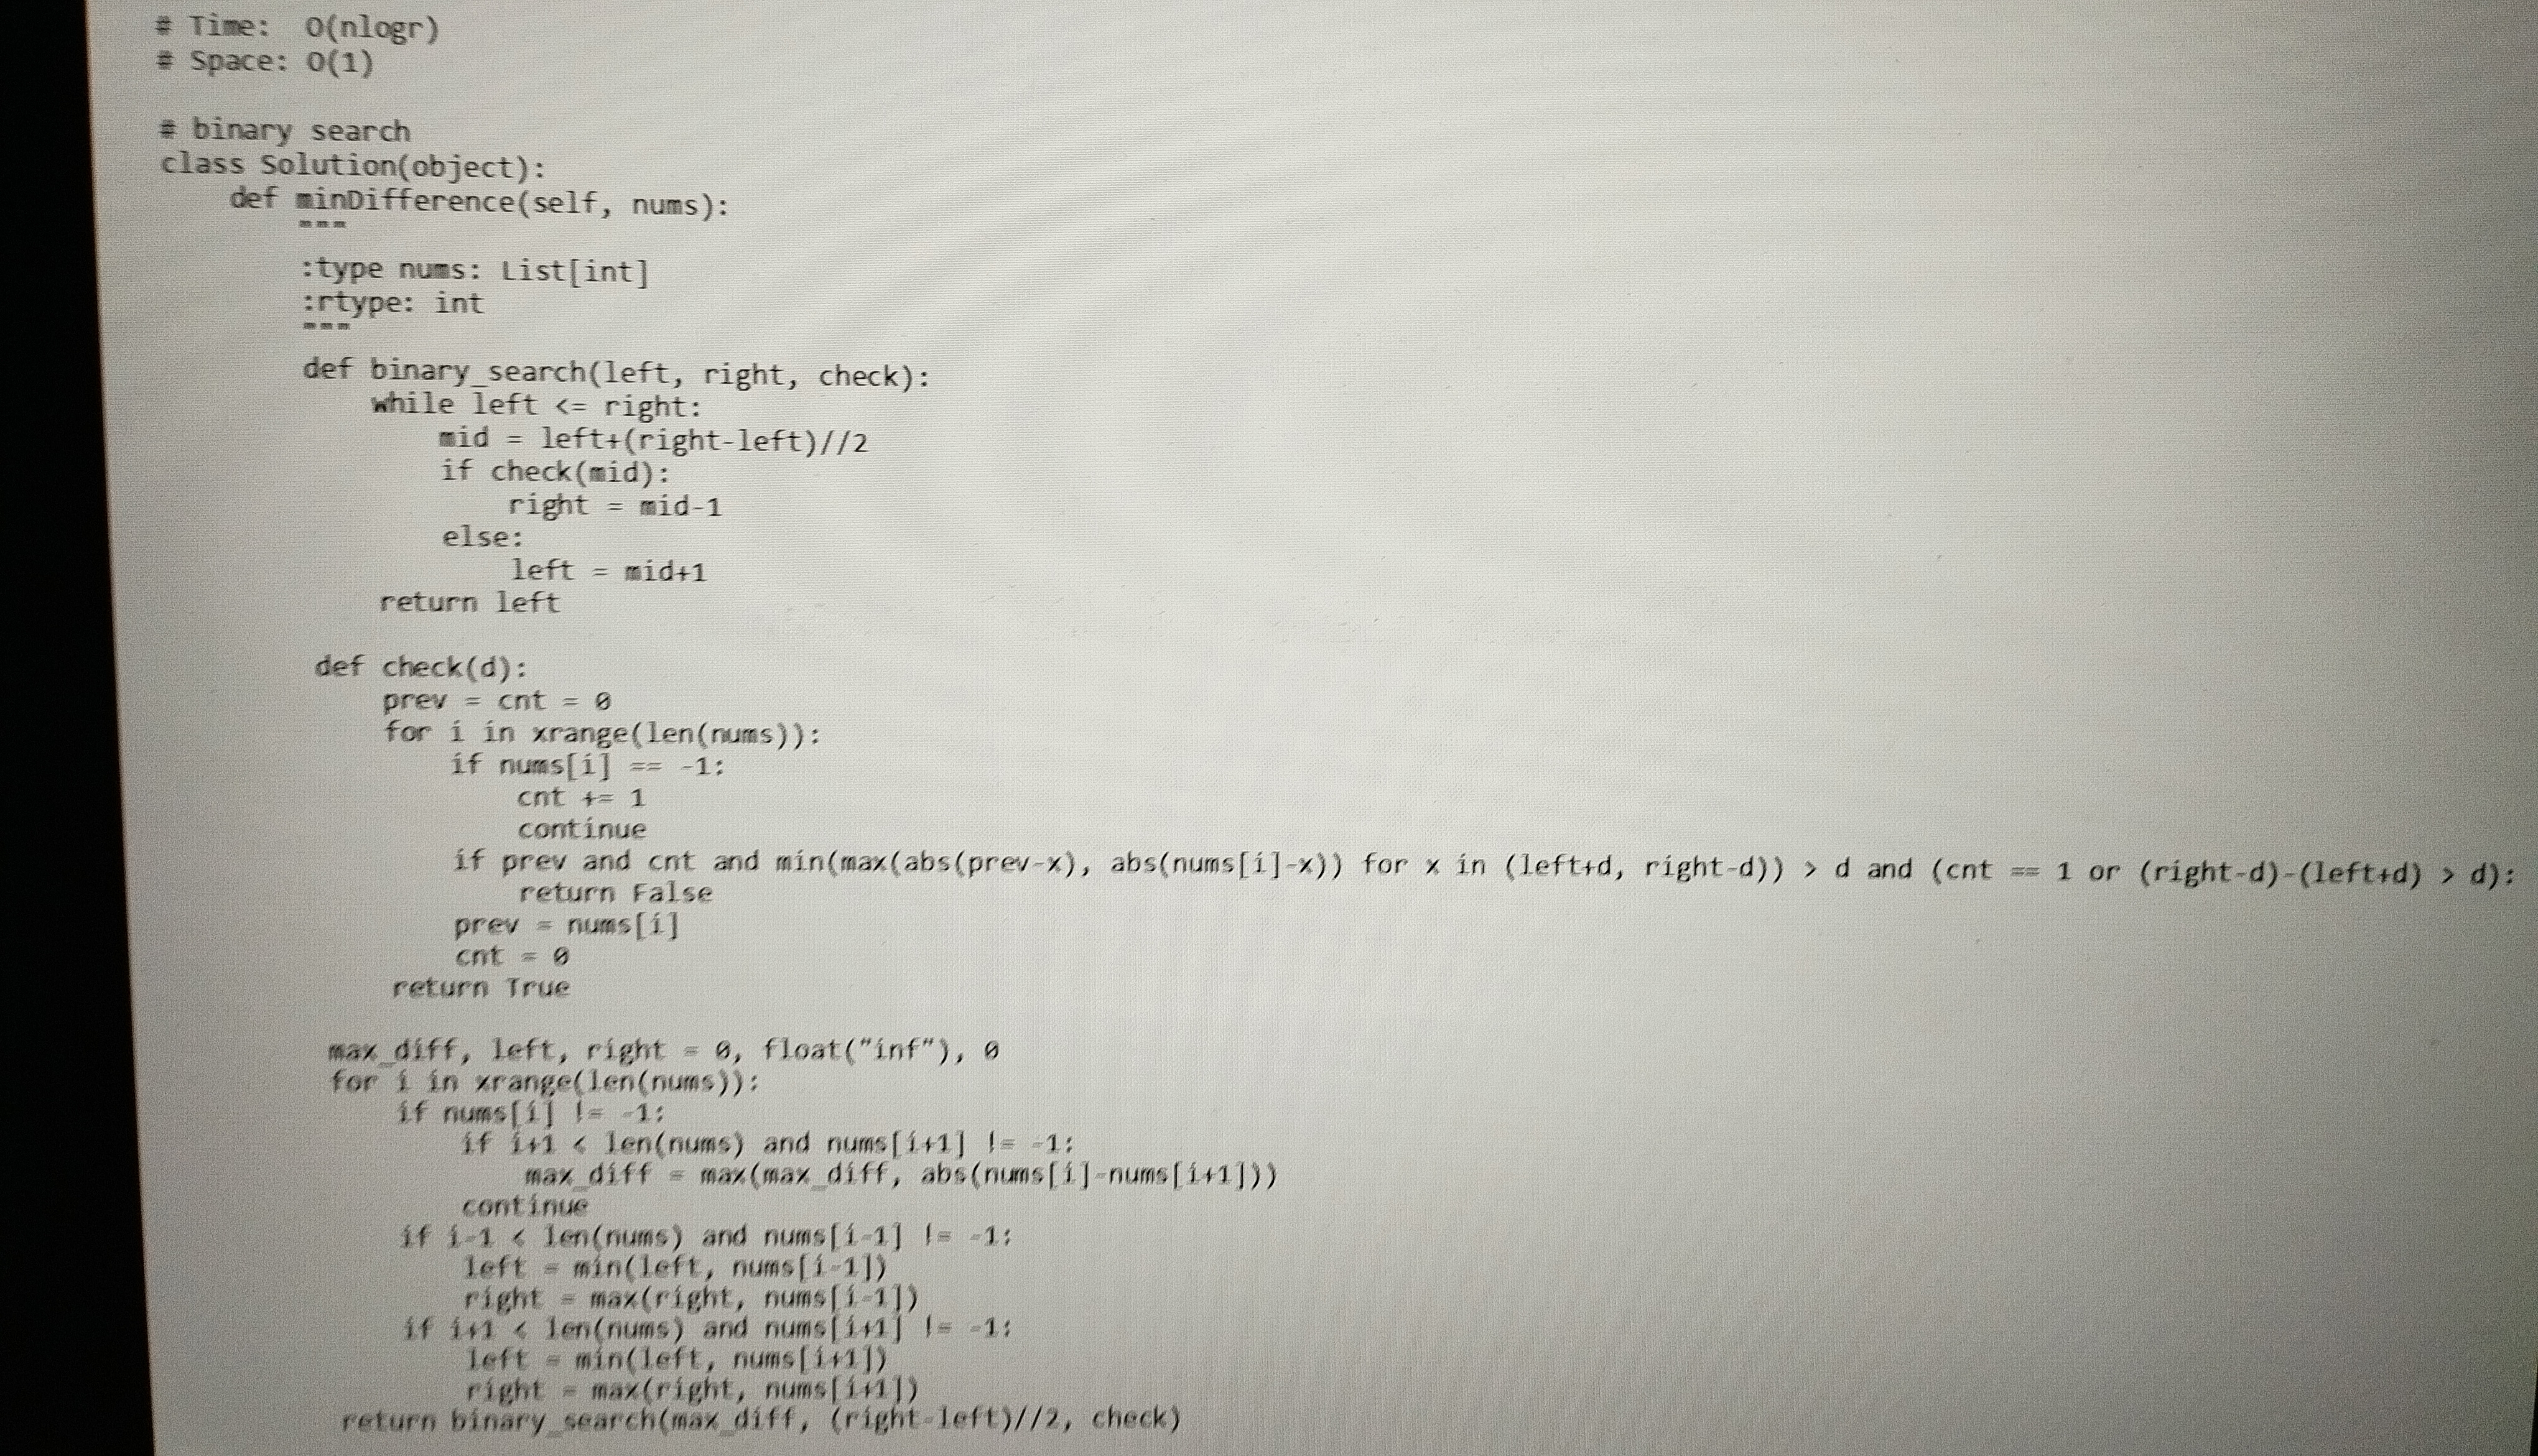
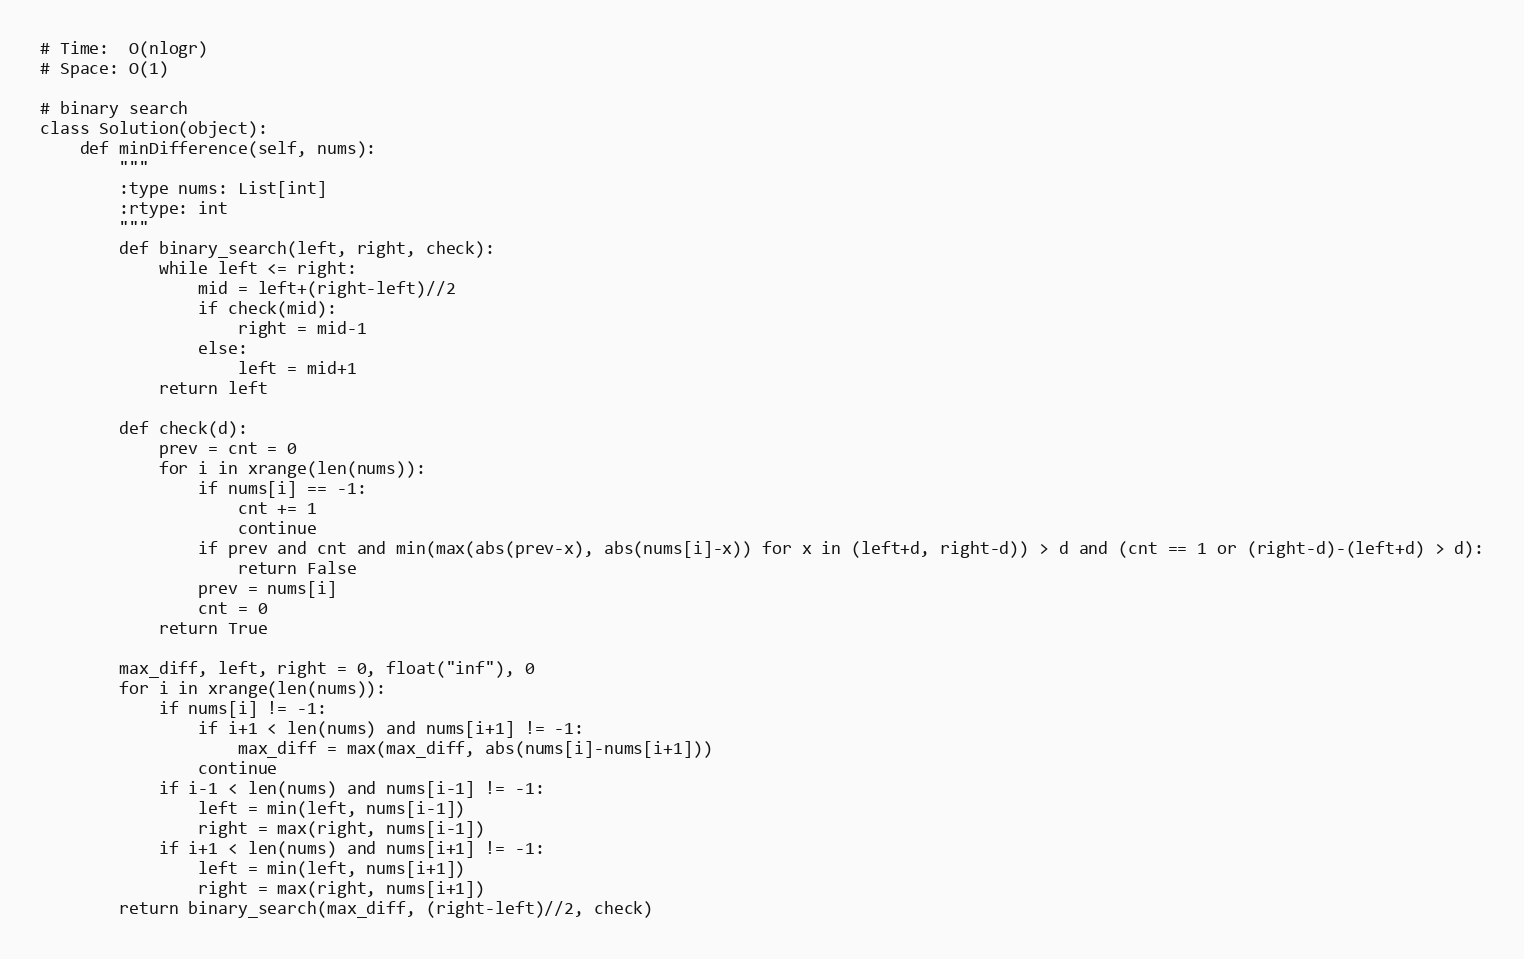
# Time:  O(nlogr)
# Space: O(1)

# binary search
class Solution(object):
    def minDifference(self, nums):
        """
        :type nums: List[int]
        :rtype: int
        """
        def binary_search(left, right, check):
            while left <= right:
                mid = left+(right-left)//2
                if check(mid):
                    right = mid-1
                else:
                    left = mid+1
            return left

        def check(d):
            prev = cnt = 0
            for i in xrange(len(nums)):
                if nums[i] == -1:
                    cnt += 1
                    continue
                if prev and cnt and min(max(abs(prev-x), abs(nums[i]-x)) for x in (left+d, right-d)) > d and (cnt == 1 or (right-d)-(left+d) > d):
                    return False
                prev = nums[i]
                cnt = 0
            return True

        max_diff, left, right = 0, float("inf"), 0
        for i in xrange(len(nums)):
            if nums[i] != -1:
                if i+1 < len(nums) and nums[i+1] != -1:
                    max_diff = max(max_diff, abs(nums[i]-nums[i+1]))
                continue
            if i-1 < len(nums) and nums[i-1] != -1:
                left = min(left, nums[i-1])
                right = max(right, nums[i-1])
            if i+1 < len(nums) and nums[i+1] != -1:
                left = min(left, nums[i+1])
                right = max(right, nums[i+1])
        return binary_search(max_diff, (right-left)//2, check)